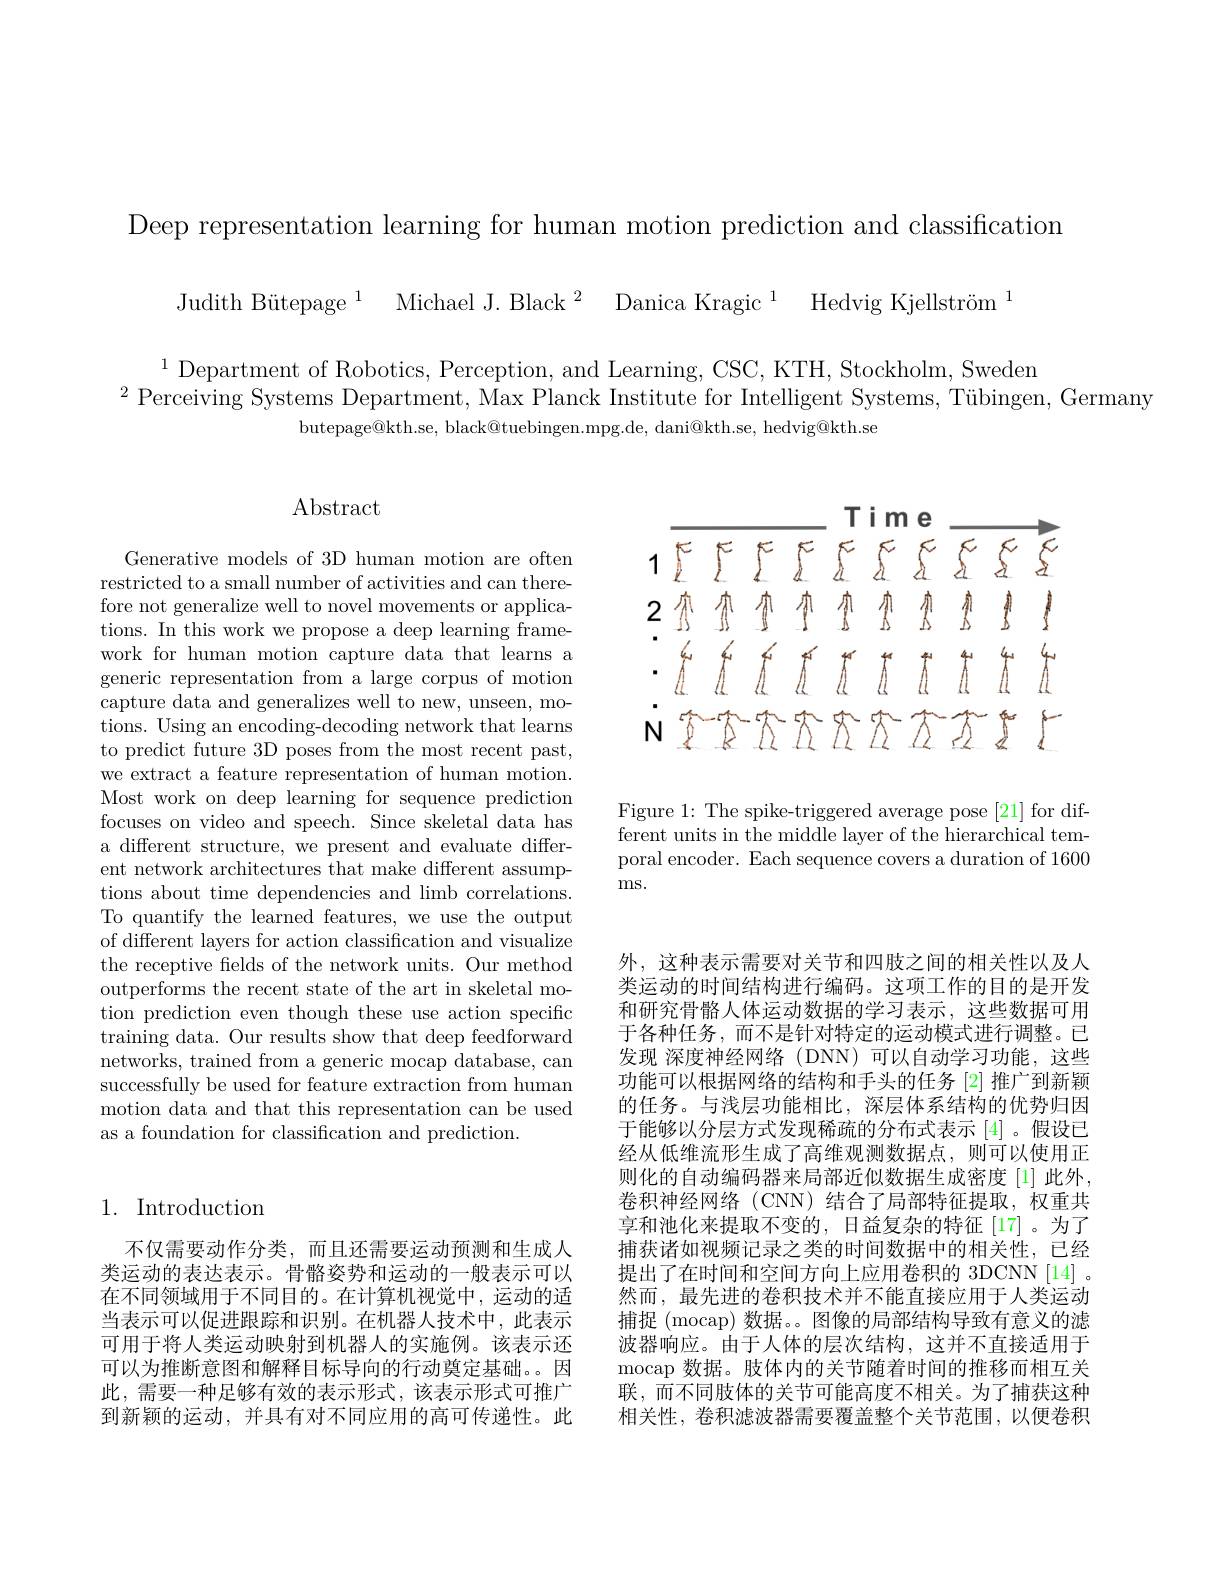
Deep representation learning for human motion prediction and classification

Judith Bütepage$^1$ Michael J. Black$^2$ Danica Kragic$^1$ Hedvig Kjellström$^1$

$^{1}$Department of Robotics, Perception, and Learning, CSC, KTH, Stockholm, Sweden
$^{2}\bar{\text{ Perceiving Systems Department, Max Planck Institute for Intelligent Systems, Tübingen, Germany}}$
butepage@kth.se, black@tuebingen.mpg.de, dani@kth.se, hedvig@kth.se

## $\operatorname{Abstract}$

Generative models of 3D human motion are often restricted to a small number of activities and can therefore not generalize well to novel movements or applications. In this work we propose a deep learning framework for human motion capture data that learns a generic representation from a large corpus of motion capture data and generalizes well to new, unseen, motions. Using an encoding-decoding network that learns to predict future 3D poses from the most recent past, we extract a feature representation of human motion. Most work on deep learning for sequence prediction focuses on video and speech. Since skeletal data has a different structure, we present and evaluate different network architectures that make different assumptions about time dependencies and limb correlations. To quantify the learned features, we use the output of different layers for action classification and visualize the receptive felds of the network units. Our method outperforms the recent state of the art in skeletal motion prediction even though these use action specific training data. Our results show that deep feedforward networks, trained from a generic mocap database, can successfully be used for feature extraction from human motion data and that this representation can be used as a foundation for classification and prediction.

<FigureHere>

Figure 1: The spike-triggered average pose [21] for different units in the middle layer of the hierarchical temporal encoder. Each sequence covers a duration of 1600 $\max.$

## 1. Introduction

不仅需要动作分类，而且还需要运动预测和生成人类运动的表达表示。骨骼姿势和运动的一般表示可以在不同领域用于不同目的。在计算机视觉中，运动的适当表示可以促进跟踪和识别。在机器人技术中，此表示可用于将人类运动映射到机器人的实施例。该表示还可以为推断意图和解释目标导向的行动奠定基础。因此，需要一种足够有效的表示形式，该表示形式可推广到新颖的运动，并具有对不同应用的高可传递性。此

外，这种表示需要对关节和四肢之间的相关性以及人类运动的时间结构进行编码。这项工作的目的是开发和研究骨骼人体运动数据的学习表示，这些数据可用于各种任务，而不是针对特定的运动模式进行调整。已发现 深度神经网络 (DNN)可以自动学习功能，这些功能可以根据网络的结构和手头的任务 [2] 推广到新颖的任务。与浅层功能相比，深层体系结构的优势归因于能够以分层方式发现稀疏的分布式表示[4]。假设已经从低维流形生成了高维观测数据点，则可以使用正则化的自动编码器来局部近似数据生成密度[1]此外， 卷积神经网络(CNN)结合了局部特征提取，权重共享和池化来提取不变的，日益复杂的特征[17]。为了捕获诸如视频记录之类的时间数据中的相关性，已经提出了在时间和空间方向上应用卷积的 3DCNN[14]。然而，最先进的卷积技术并不能直接应用于人类运动捕捉 (mocap) 数据。。图像的局部结构导致有意义的滤波器响应。由于人体的层次结构，这并不直接适用于mocap数据。肢体内的关节随着时间的推移而相互关联，而不同肢体的关节可能高度不相关。为了捕获这种相关性，卷积滤波器需要覆盖整个关节范围，以便卷积